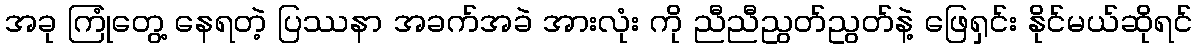
အခု ကြုံတွေ့ နေရတဲ့ ပြဿနာ အခက်အခဲ အားလုံး ကို ညီညီညွတ်ညွတ်နဲ့ ဖြေရှင်း နိုင်မယ်ဆိုရင်